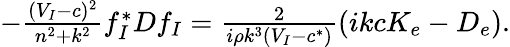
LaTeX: \begin{array}{r}{-\frac{(V_{I}-c)^{2}}{n^{2}+k^{2}}f_{I}^{*}Df_{I}=\frac{2}{i\rho k^{3}(V_{I}-c^{*})}\left(ikcK_{e}-D_{e}\right).}\end{array}